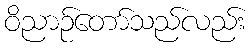
ဝိညာဉ်တော်သည်လည်း